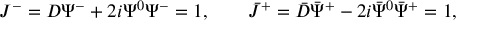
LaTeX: J ^ { - } = D \Psi ^ { - } + 2 i \Psi ^ { 0 } \Psi ^ { - } = 1 , \qquad \bar { J } ^ { + } = \bar { D } \bar { \Psi } ^ { + } - 2 i \bar { \Psi } ^ { 0 } \bar { \Psi } ^ { + } = 1 ,